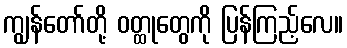
ကျွန်တော်တို့ ဝတ္ထုတွေကို ပြန်ကြည့်လေ။